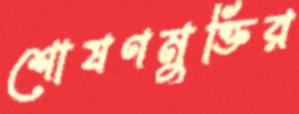
শোষণমুক্তির